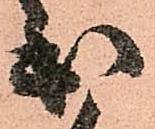
出